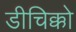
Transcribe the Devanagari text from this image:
डीचिक्को